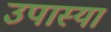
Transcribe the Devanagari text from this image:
उपास्या